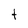
Character: t